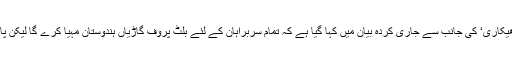
نیپال کی وزارتِ خارجہ کے ترجمان ’کھاگا ناتھ ادھیکاری‘ کی جانب سے جاری کردہ بیان میں کہا گیا ہے کہ تمام سربراہان کے لئے بلٹ پروف گاڑیاں ہندوستان مہیا کرے گا لیکن پاکستانی وزیرِاعظم اپنی گاڑی ساتھ لے کر آئیں گے۔